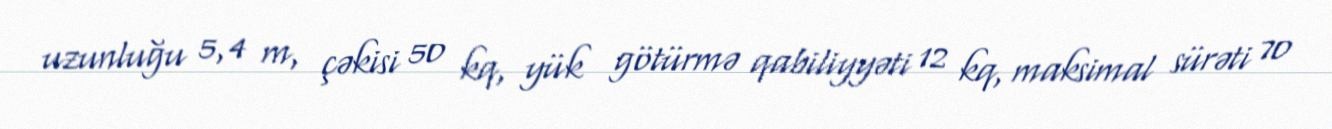
uzunluğu 5,4 m, çəkisi 50 kq, yük götürmə qabiliyyəti 12 kq, maksimal sürəti 70